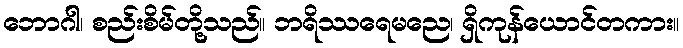
ဘောဂါ၊ စည်းစိမ်တို့သည်။ ဘရိဿရေမညေ၊ ရှိကုန်ယောင်တကား။